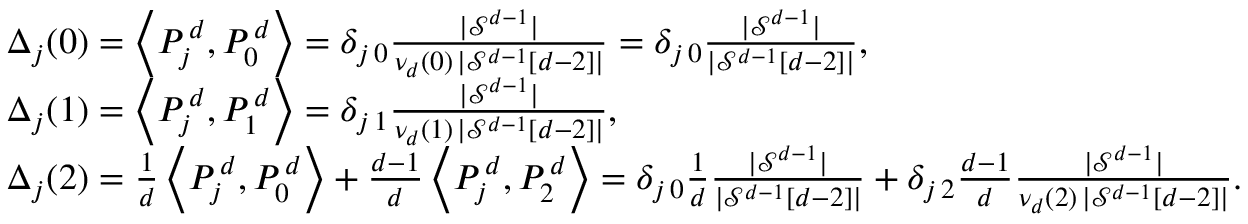
\begin{array} { r l } & { \Delta _ { j } ( 0 ) = \left\langle P _ { j } ^ { \, d } , P _ { 0 } ^ { \, d } \right\rangle = \delta _ { j \, 0 } \frac { | \mathcal { S } ^ { d - 1 } | } { \nu _ { d } ( 0 ) \, | \mathcal { S } ^ { d - 1 } [ d - 2 ] | } = \delta _ { j \, 0 } \frac { | \mathcal { S } ^ { d - 1 } | } { | \mathcal { S } ^ { d - 1 } [ d - 2 ] | } , } \\ & { \Delta _ { j } ( 1 ) = \left\langle P _ { j } ^ { \, d } , P _ { 1 } ^ { \, d } \right\rangle = \delta _ { j \, 1 } \frac { | \mathcal { S } ^ { d - 1 } | } { \nu _ { d } ( 1 ) \, | \mathcal { S } ^ { d - 1 } [ d - 2 ] | } , } \\ & { \Delta _ { j } ( 2 ) = \frac { 1 } { d } \left\langle P _ { j } ^ { \, d } , P _ { 0 } ^ { \, d } \right\rangle + \frac { d - 1 } { d } \left\langle P _ { j } ^ { \, d } , P _ { 2 } ^ { \, d } \right\rangle = \delta _ { j \, 0 } \frac { 1 } { d } \frac { | \mathcal { S } ^ { d - 1 } | } { | \mathcal { S } ^ { d - 1 } [ d - 2 ] | } + \delta _ { j \, 2 } \frac { d - 1 } { d } \frac { | \mathcal { S } ^ { d - 1 } | } { \nu _ { d } ( 2 ) \, | \mathcal { S } ^ { d - 1 } [ d - 2 ] | } . } \end{array}